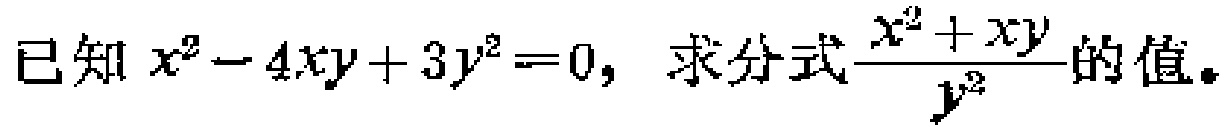
已知 \(x^{2}-4xy + 3y^{2}=0\)，求分式\(\frac{x^{2}+xy}{y^{2}}\)的值。